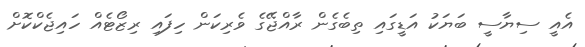
އެއީ ސިޔާސީ ބަޔަކު އަޑީގައި ތިބެގެން ރާއްޖޭގެ ވެރިކަން ހިފައި ރިޒޯޓެއް ހައިޖެކްކޮށް